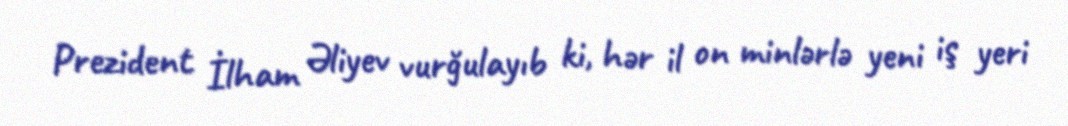
Prezident İlham Əliyev vurğulayıb ki, hər il on minlərlə yeni iş yeri